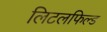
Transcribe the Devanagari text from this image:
लिटलफिल्ड